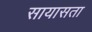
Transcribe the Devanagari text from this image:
सायासता